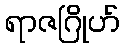
ရာဇဂြိုဟ်